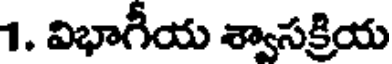
1. విభాగీయ శ్వాసక్రియ